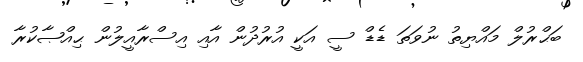
ބަޙްރުލް މައްޔިތު ނުވަތަ ޑެޑް ސީ އަކީ އުރުދުން އާއި އިސްރާއީލުން ޙިއްޞާކުރާ